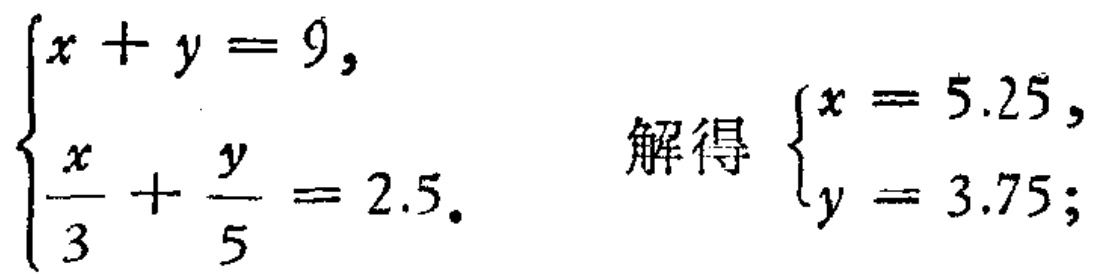
$\begin{cases}
x + y = 9, \\
\frac{x}{3} + \frac{y}{5} = 2.5.
\end{cases}$ 解得 $\begin{cases}
x = 5.25, \\
y = 3.75;
\end{cases}$